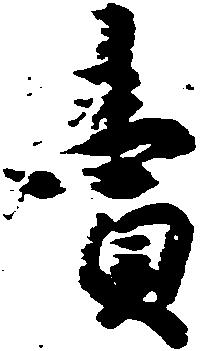
売